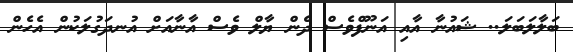
ބަލާލަބަލަ.. ޝައުނާ އާއި އަނޫފްވެސް ދެން ޔާލް ވެސް އާނާއަށް އުނދަގުލަކުން އެހެން